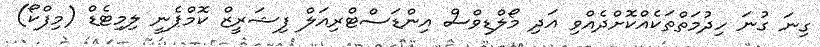
ގިނަ ގުނަ ހިދުމަތްތަކެއްކޮށްދެއްވި އަދި މޯލްޑިވްސް އިންޑަސްޓްރިއަލް ފިޝަރީޒް ކޮމްޕެނީ ލިމިޓެޑް (މިފްކޯ)